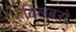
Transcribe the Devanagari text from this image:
बिलबरो